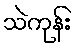
သဲကုန်း